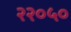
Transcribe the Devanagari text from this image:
२२०५०